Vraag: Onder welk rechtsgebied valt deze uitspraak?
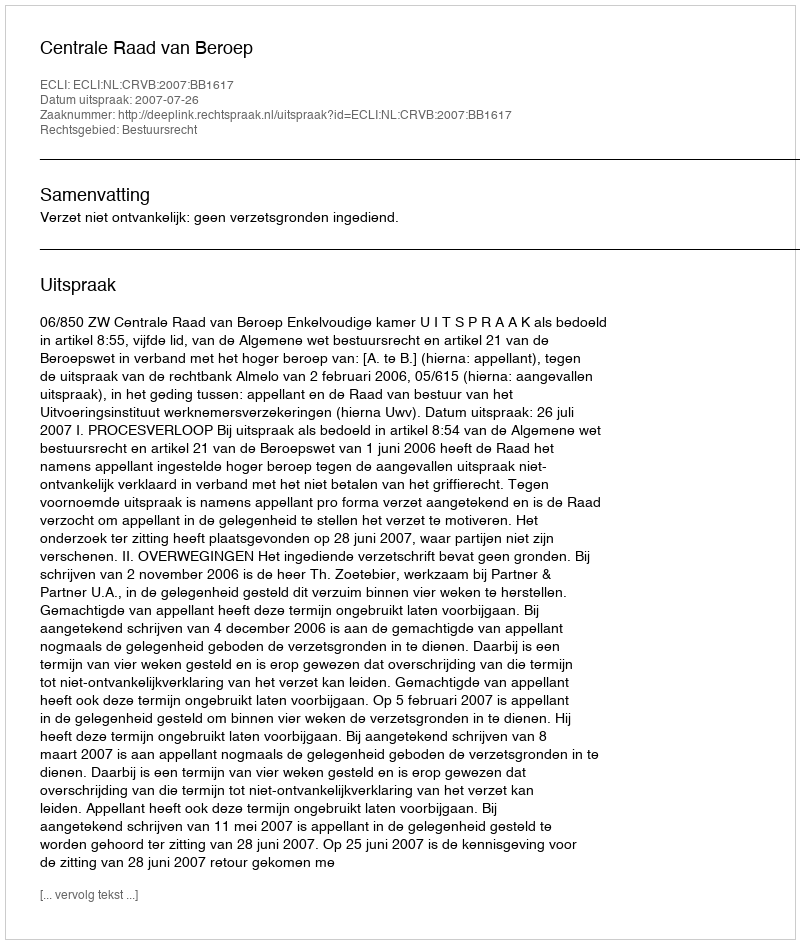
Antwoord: Bestuursrecht